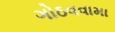
ગોઠવવામા